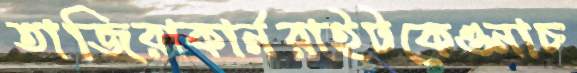
তাজিরাকার্নরাইটকেওনাচ